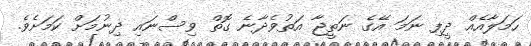
ހަމަލާއެއް ދީފި ނަމަ އޭގެ ނަތީޖާ އަތުވެދާނެ ގޮތް ވިސްނައި ދިނުމަށް ކަމަށެވެ.